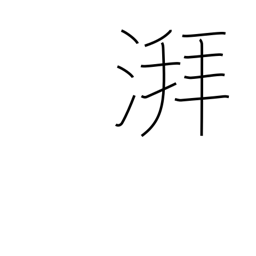
Meaning: sound of waves